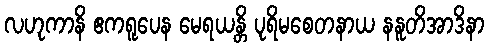
လဟုကာနိ ဧကရူပေန မေရယန္တိ ပုရိမစေတနာယ နနူတိအာဒိနာ